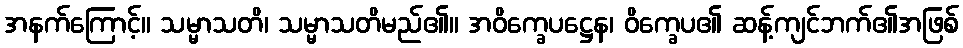
အနက်ကြောင့်။ သမ္မာသတိ၊ သမ္မာသတိမည်၏။ အဝိက္ခေပဋ္ဌေန၊ ဝိက္ခေပ၏ ဆန့်ကျင်ဘက်၏အဖြစ်